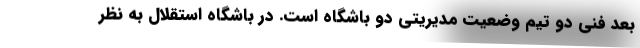
بعد فنی دو تیم وضعیت مدیریتی دو باشگاه است. در باشگاه استقلال به نظر